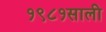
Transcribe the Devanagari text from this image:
१९८१साली